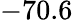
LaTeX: -70.6